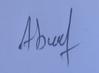
Signature authenticity: forged